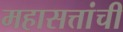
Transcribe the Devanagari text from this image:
महासत्तांची